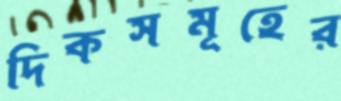
দিকসমূহের